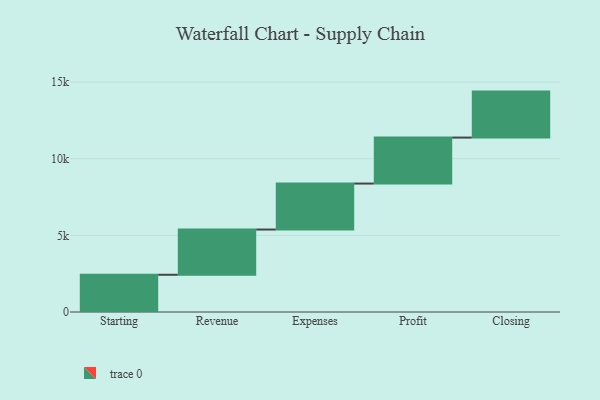
{"axis": {"x": "Step", "y": "Value"}, "legend": [""], "data": [{"x": "Starting", "y": 2429.0, "type": ""}, {"x": "Revenue", "y": 2951.0, "type": ""}, {"x": "Expenses", "y": 3000, "type": ""}, {"x": "Profit", "y": 3000, "type": ""}, {"x": "Closing", "y": 3000, "type": ""}]}